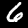
Label: 6